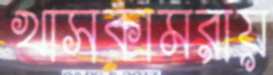
খাসকামরায়